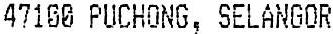
47100 PUCHONG, SELANGOR